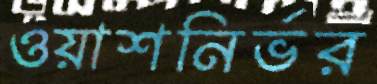
ওয়াশনির্ভর